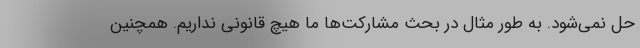
حل نمی‌شود. به طور مثال در بحث مشارکت‌ها ما هیچ قانونی نداریم. همچنین